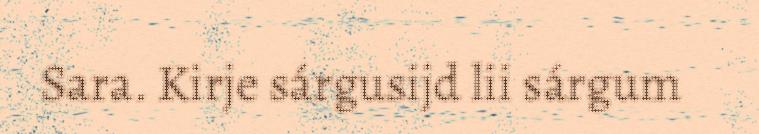
Sara. Kirje sárgusijd lii sárgum